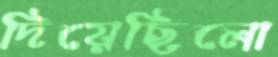
দিয়েছিলো